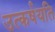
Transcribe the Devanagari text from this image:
उत्कर्षयति